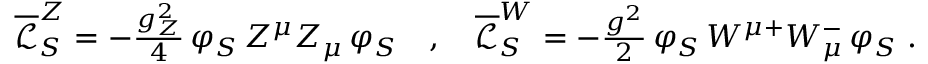
\begin{array} { r } { \overline { { \mathcal { L } } } _ { S } ^ { Z } = - \frac { g _ { Z } ^ { 2 } } { 4 } \, \varphi _ { S } \, Z ^ { \mu } Z _ { \mu } \, \varphi _ { S } \quad , \quad \overline { { \mathcal { L } } } _ { S } ^ { W } = - \frac { g ^ { 2 } } { 2 } \, \varphi _ { S } \, W ^ { \mu + } W _ { \mu } ^ { - } \, \varphi _ { S } \; . } \end{array}